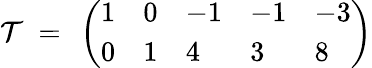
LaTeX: {\cal T}~=~\left(\begin{array}{lllll}{{1}}&{{0}}&{{-1}}&{{-1}}&{{-3}}\\ {{0}}&{{1}}&{{4}}&{{3}}&{{8}}\end{array}\right)